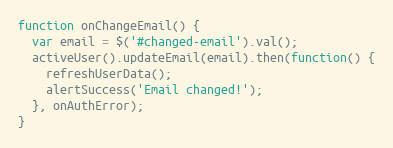
Language: JavaScript
function onChangeEmail() {
  var email = $('#changed-email').val();
  activeUser().updateEmail(email).then(function() {
    refreshUserData();
    alertSuccess('Email changed!');
  }, onAuthError);
}